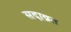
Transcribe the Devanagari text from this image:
सदाव्रत